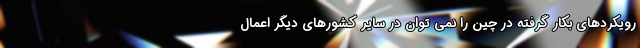
رویکردهای بکار گرفته در چین را نمی توان در سایر کشورهای دیگر اعمال